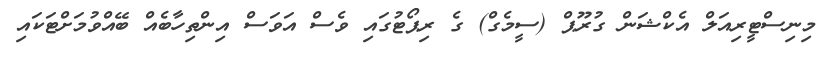
މިނިސްޓީރިއަލް އެކްޝަން ގުރޫޕް (ސީމެގް) ގެ ރިޕޯޓުގައި ވެސް އަވަސް އިންތިހާބެއް ބޭއްވުމަށްޓަކައި